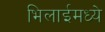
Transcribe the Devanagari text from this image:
भिलाईमध्ये